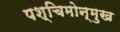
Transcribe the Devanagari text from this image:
पश्चिमोन्मुख